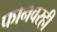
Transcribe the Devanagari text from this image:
फोनवरही